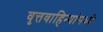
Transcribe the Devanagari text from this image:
वृत्तवाहिन्यांमध्ये